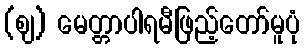
(ဈ) မေတ္တာပါရမီဖြည့်တော်မူပုံ